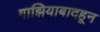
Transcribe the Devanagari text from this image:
गाझियाबादहून